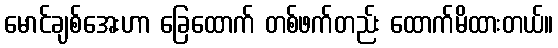
မောင်ချစ်အေးဟာ ခြေထောက် တစ်ဖက်တည်း ထောက်မိထားတယ်။